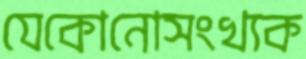
যেকোনোসংখ্যক